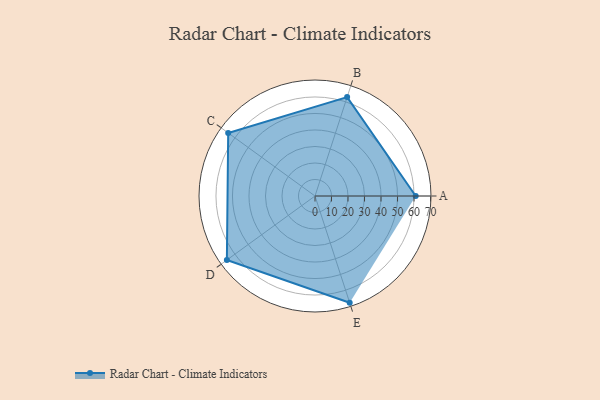
{"axis": {"x": "Skill", "y": "Score"}, "legend": ["Profile"], "data": [{"x": "A", "y": 61.0, "type": "Profile"}, {"x": "B", "y": 63.0, "type": "Profile"}, {"x": "C", "y": 65.0, "type": "Profile"}, {"x": "D", "y": 66.0, "type": "Profile"}, {"x": "E", "y": 68.0, "type": "Profile"}]}